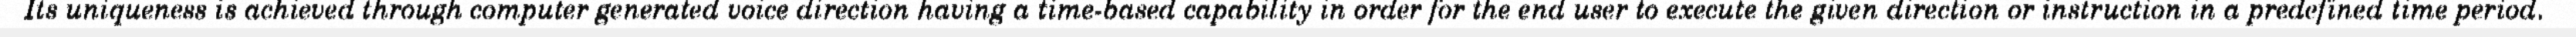
Its uniqueness is achieved through computer generated voice direction having a time-based capability in order for the end user to execute the given direction or instruction in a predefined time period.